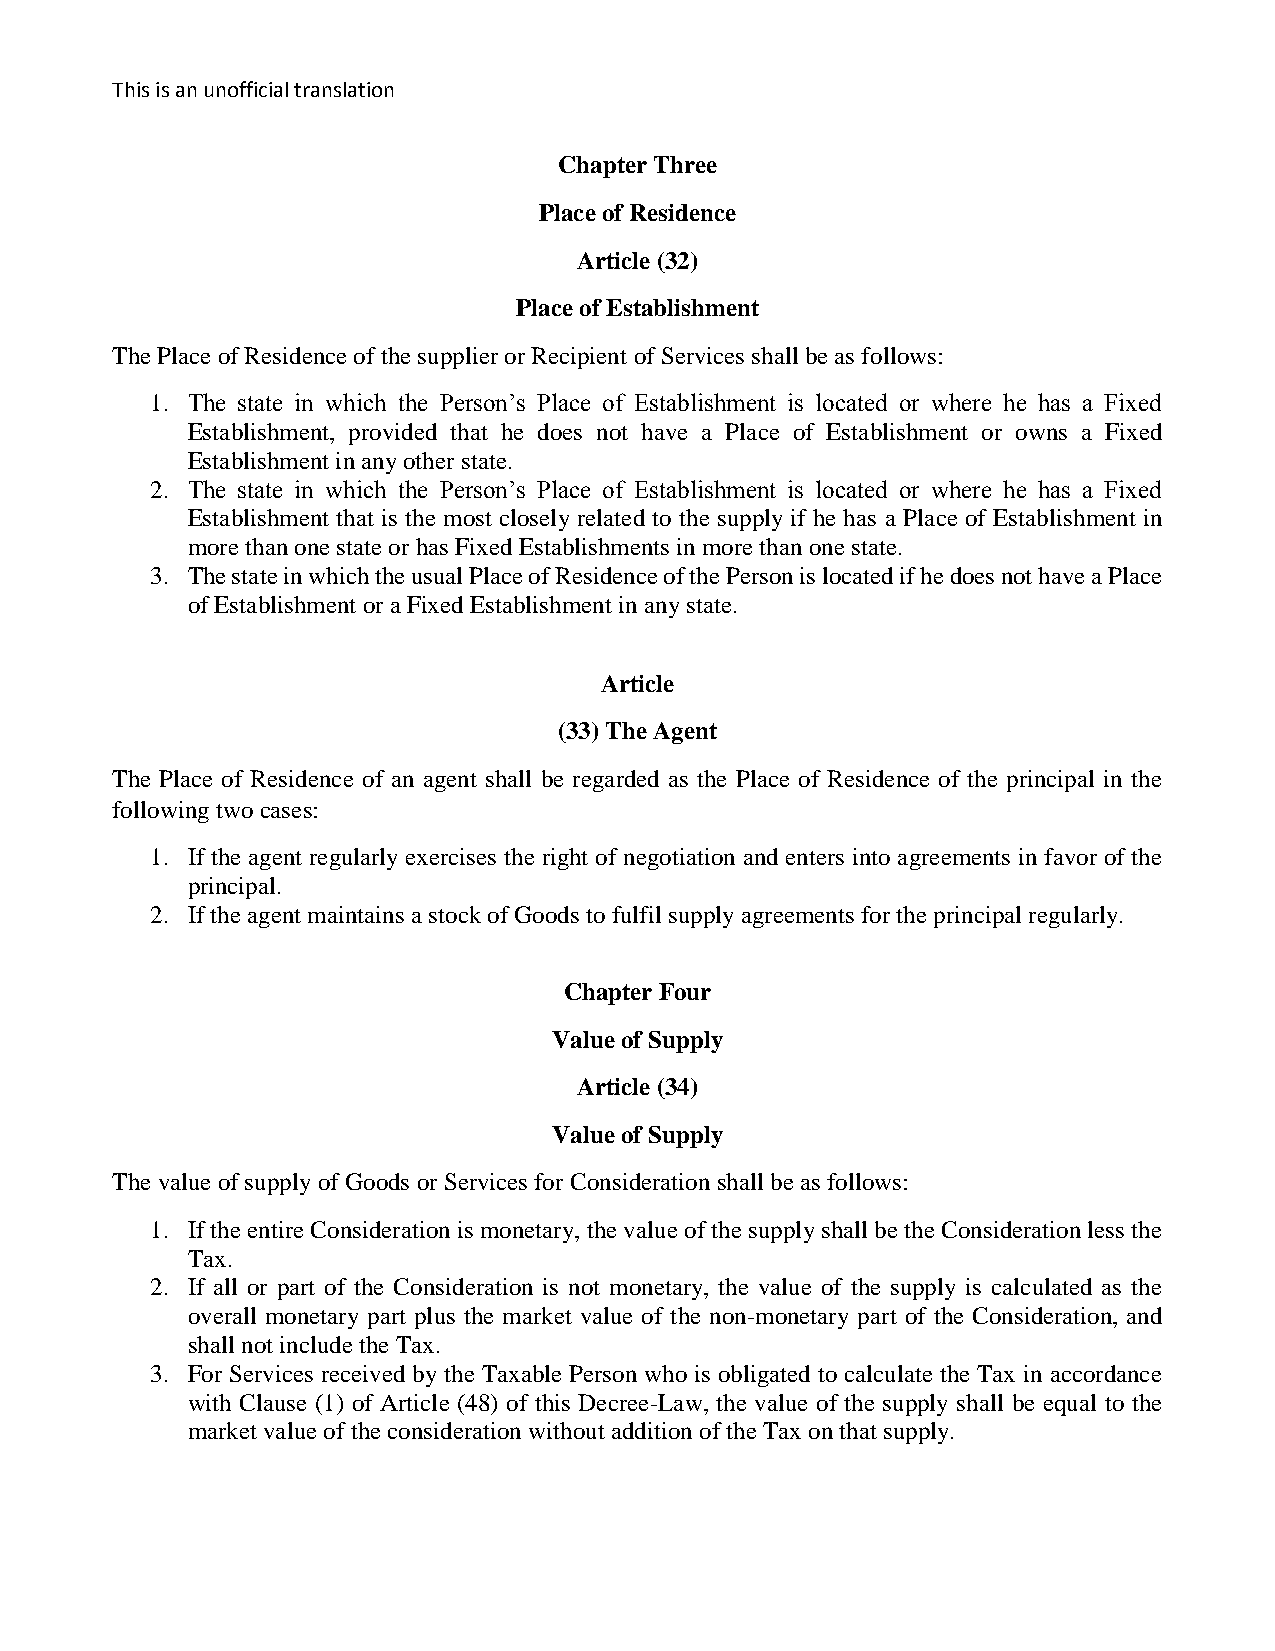
This is an unofficial translation
 Chapter Three
 Place of Residence
 Article (32)
 Place of Establishment
 The Place of Residence of the supplier or Recipient of Services shall be as follows:
 1. The state in which the Person’s Place of Establishment is located or where he has a Fixed
 Establishment, provided that he does not have a Place of Establishment or owns a Fixed
 Establishment in any other state.
 2. The state in which the Person’s Place of Establishment is located or where he has a Fixed
 Establishment that is the most closely related to the supply if he has a Place of Establishment in
 more than one state or has Fixed Establishments in more than one state.
 3. The state in which the usual Place of Residence of the Person is located if he does not have a Place
 of Establishment or a Fixed Establishment in any state.
 Article
 (33) The Agent
 The Place of Residence of an agent shall be regarded as the Place of Residence of the principal in the
 following two cases:
 1. If the agent regularly exercises the right of negotiation and enters into agreements in favor of the
 principal.
 2. If the agent maintains a stock of Goods to fulfil supply agreements for the principal regularly.
 Chapter Four
 Value of Supply
 Article (34)
 Value of Supply
 The value of supply of Goods or Services for Consideration shall be as follows:
 1. If the entire Consideration is monetary, the value of the supply shall be the Consideration less the
 Tax.
 2. If all or part of the Consideration is not monetary, the value of the supply is calculated as the
 overall monetary part plus the market value of the non-monetary part of the Consideration, and
 shall not include the Tax.
 3. For Services received by the Taxable Person who is obligated to calculate the Tax in accordance
 with Clause (1) of Article (48) of this Decree-Law, the value of the supply shall be equal to the
 market value of the consideration without addition of the Tax on that supply.